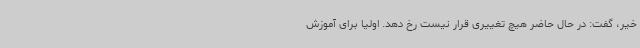
خیر، گفت: در حال حاضر هیچ تغییری قرار نیست رخ دهد. اولیا برای آموزش